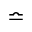
\bumpeq